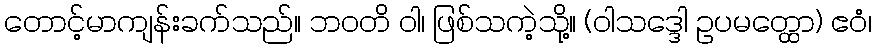
တောင့်မာကျန်းခက်သည်။ ဘဝတိ ဝါ၊ ဖြစ်သကဲ့သို့။ (ဝါသဒ္ဒေါ ဥပမတ္ထော) ဧဝံ၊